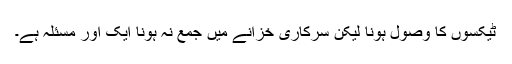
ٹیکسوں کا وصول ہونا لیکن سرکاری خزانے میں جمع نہ ہونا ایک اور مسئلہ ہے۔